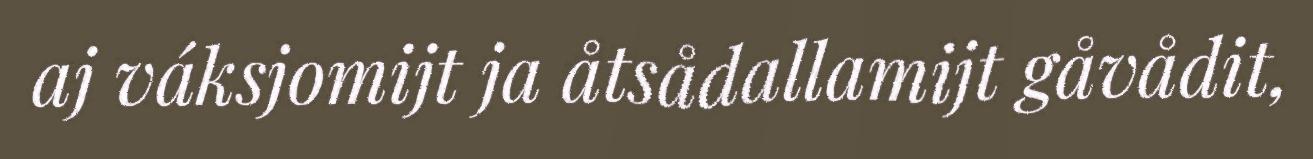
aj váksjomijt ja åtsådallamijt gåvådit,